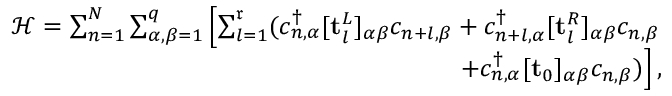
\begin{array} { r l r } & { } & { \mathcal { H } = \sum _ { n = 1 } ^ { N } \sum _ { \alpha , \beta = 1 } ^ { q } \left[ \sum _ { l = 1 } ^ { \mathfrak { r } } ( c _ { n , \alpha } ^ { \dagger } [ \mathbf { t } _ { l } ^ { L } ] _ { \alpha \beta } c _ { n + l , \beta } + c _ { n + l , \alpha } ^ { \dagger } [ \mathbf { t } _ { l } ^ { R } ] _ { \alpha \beta } c _ { n , \beta } \right. } \\ & { } & { \left. ~ ~ ~ ~ ~ ~ ~ ~ ~ ~ ~ ~ ~ ~ ~ ~ ~ ~ ~ + c _ { n , \alpha } ^ { \dagger } [ \mathbf { t } _ { 0 } ] _ { \alpha \beta } c _ { n , \beta } ) \right] , } \end{array}